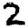
Digit: 2